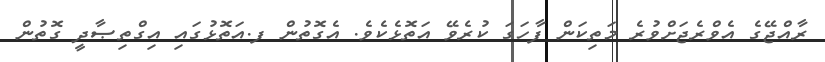
ރާއްޖޭގެ އެވްރެޖަށްވުރެ މަތިކަން ފާހަގަ ކުރެވޭ އަތޮޅެކެވެ. އެގޮތުން ފ.އަތޮޅުގައި އިގްތިޞާދީ ގޮތުން